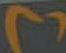
٢٦